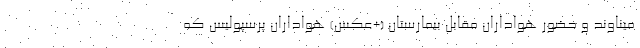
میناوند و حضور هواداران مقابل بیمارستان (+عکس) هواداران پرسپولیس که